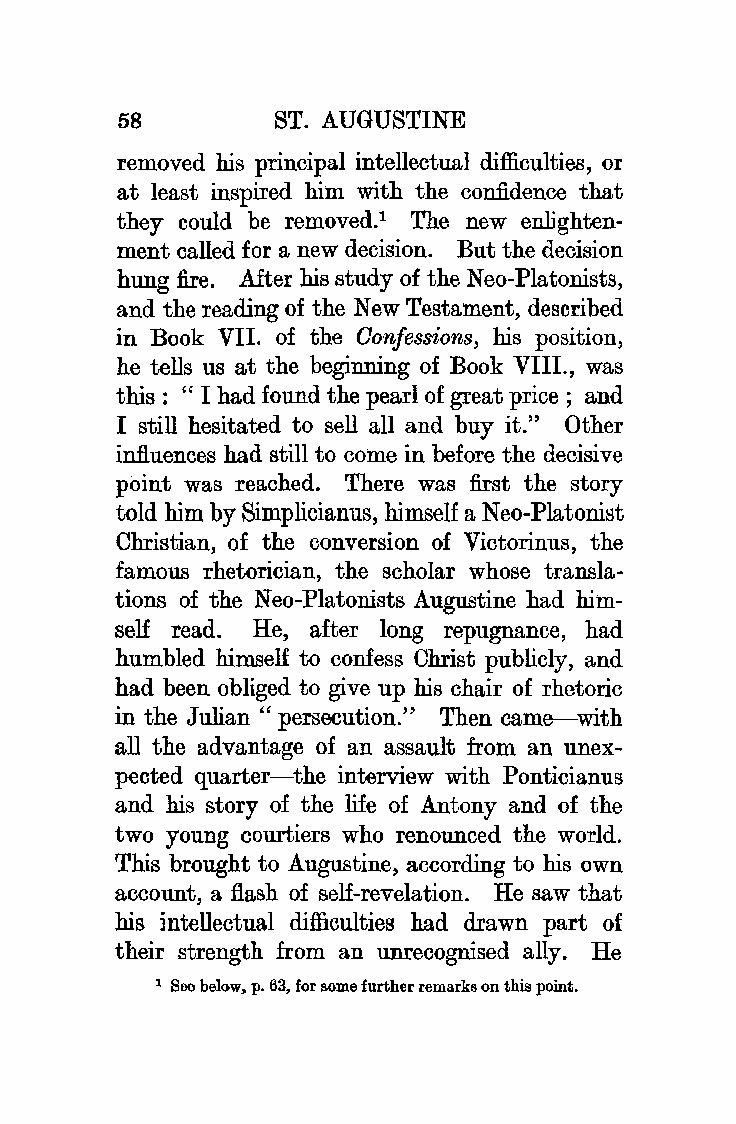
58        ST. AUGUSTINE
 removed his principal intellectual difficulties, or
 at least inspired him with the confidence that
 they could be removed.1 The new enlighten
 ment called for a new decision. But the decision
 hung fire. After his study of the Neo-Platonists,
 and the reading of the New Testament, described
 in Book VII. of the Confessions, his position,
 he tells us at the beginning of Book VIII., was
 this : " I had found the pearl of great price ; and
 I still hesitated to sell all and buy it." Other
 influences had still to come in before the decisive
 point was reached. There was first the story
 told him by Simplicianus, himself a Neo-Platonist
 Christian, of the conversion of Victorinus, the
 famous rhetorician, the scholar whose transla
 tions of the Neo-Platonists Augustine had him
 self read. He, after long repugnance, had
 humbled himself to confess Christ publicly, and
 had been obliged to give up his chair of rhetoric
 in the Julian" persecution." Then came-with
 all the advantage of an assault from an unex
 pected quarter-the interview with Ponticianus
 and his story of the life of Antony and of the
 two young courtiers who renounced the world.
 This brought to Augustine, according to his own
 account, a flash of self-revelation. He saw that
 his intellectual difficulties had drawn part of
 their strength from an unrecognised ally. He
 1 See below, p. 63, for some further remarks on this point.